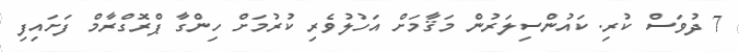
7 ދުވަސް ކުރި. ކައުންސިލަރުން މަޤާމަށް އަހުލުވެރި ކުރުމަށް ހިންގާ ޕްރޮގްރާމް ފަށައިފި